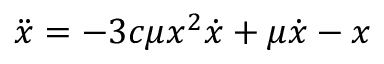
\ddot { x } = - 3 c \mu x ^ { 2 } \dot { x } + \mu \dot { x } - x